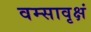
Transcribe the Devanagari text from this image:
वम्सावृक्षं